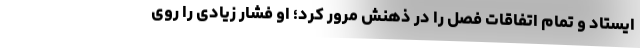
ایستاد و تمام اتفاقات فصل را در ذهنش مرور کرد؛ او فشار زیادی را روی